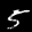
Label: 5